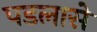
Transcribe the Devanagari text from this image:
पडलासे